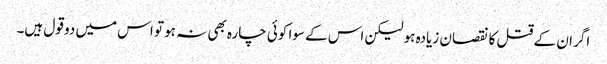
اگر ان کے قتل کا نقصان زیادہ ہو لیکن اس کے سوا کوئی چارہ بھی نہ ہو تو اس میں دو قول ہیں۔